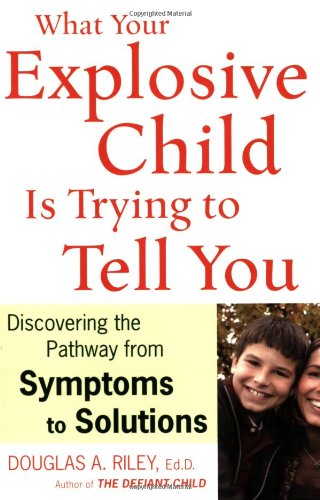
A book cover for What Your Explosive Child Is Trying to Tell You: Discovering the Pathway from Symptoms to Solutions; Douglas A. Riley; Parenting & Relationships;